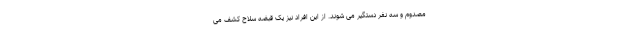
مصدوم و سه نفر دستگیر می شوند. از این افراد نیز یک قبضه سلاح کشف می